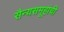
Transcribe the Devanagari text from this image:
सैन्यसमूहांची